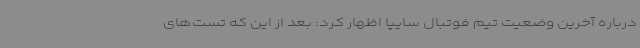
درباره آخرین وضعیت تیم فوتبال سایپا اظهار کرد: بعد از این که تست‌های